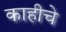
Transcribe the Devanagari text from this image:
काहीचे